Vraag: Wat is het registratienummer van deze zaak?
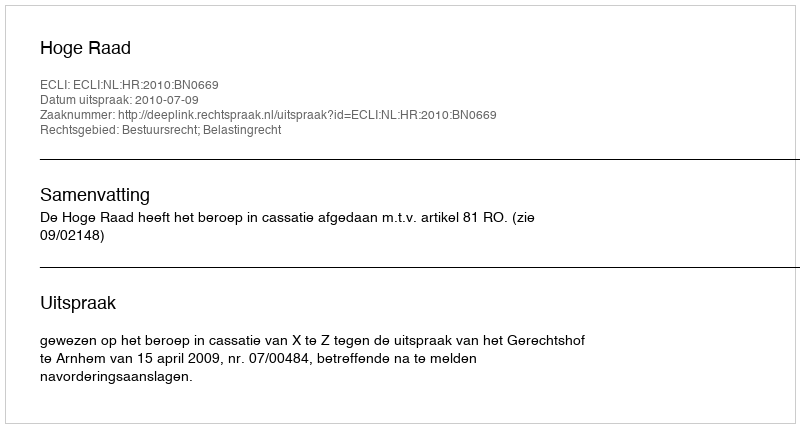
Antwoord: http://deeplink.rechtspraak.nl/uitspraak?id=ECLI:NL:HR:2010:BN0669